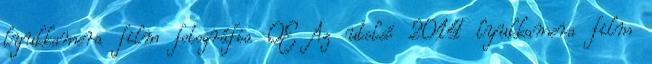
lyukkamera film fotográfia OE Az utolsó 2014 lyukkamera film